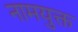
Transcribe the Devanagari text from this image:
नामयुक्त